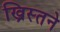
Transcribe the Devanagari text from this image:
ख्रिस्तने